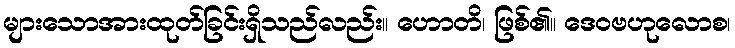
များသောအားထုတ်ခြင်းရှိသည်လည်း။ ဟောတိ၊ ဖြစ်၏။ ဒေဝဗဟုလောစ၊